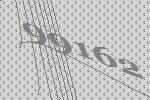
99162